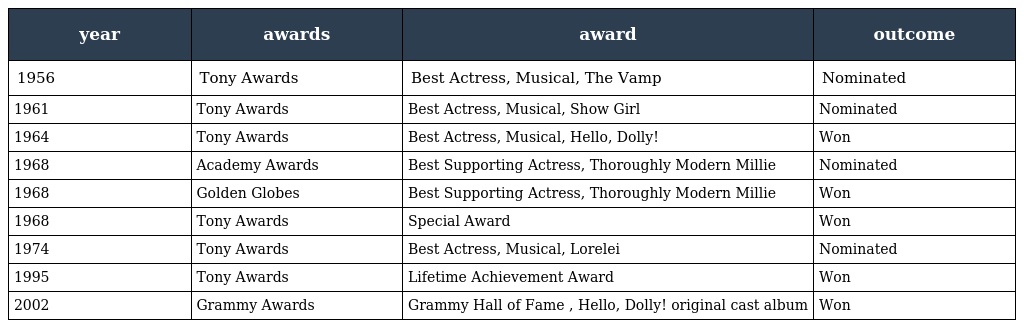
| year | awards | award | outcome |
 | --- | --- | --- | --- |
 | 1956 | Tony Awards | Best Actress, Musical, The Vamp | Nominated |
 | 1961 | Tony Awards | Best Actress, Musical, Show Girl | Nominated |
 | 1964 | Tony Awards | Best Actress, Musical, Hello, Dolly! | Won |
 | 1968 | Academy Awards | Best Supporting Actress, Thoroughly Modern Millie | Nominated |
 | 1968 | Golden Globes | Best Supporting Actress, Thoroughly Modern Millie | Won |
 | 1968 | Tony Awards | Special Award | Won |
 | 1974 | Tony Awards | Best Actress, Musical, Lorelei | Nominated |
 | 1995 | Tony Awards | Lifetime Achievement Award | Won |
 | 2002 | Grammy Awards | Grammy Hall of Fame , Hello, Dolly! original cast album | Won |